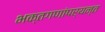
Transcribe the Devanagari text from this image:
भक्तगणांपर्यन्त